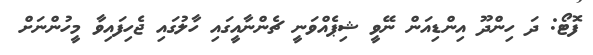
ފޮޓޯ: ދަ ހިންދޫ އިންޑިއަން ނޭވީ ޝިޕެއްވަނީ ޗެންނާއީގައި ހާލުގައި ޖެހިފައިވާ މީހުންނަށް